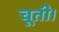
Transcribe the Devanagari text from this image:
चूती।